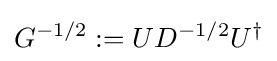
G^{-1/2}:=UD^{-1/2}U^{\dagger }